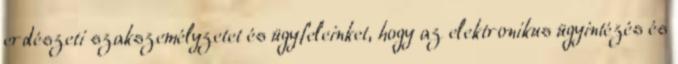
erdészeti szakszemélyzetet és ügyfeleinket, hogy az elektronikus ügyintézés és